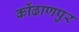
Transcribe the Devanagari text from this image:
कोंढाणपुर